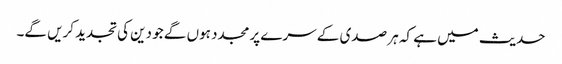
حدیث میں ہے کہ ہر صدی کے سرے پر مجدد ہوں گے جو دین کی تجدید کریں گے۔